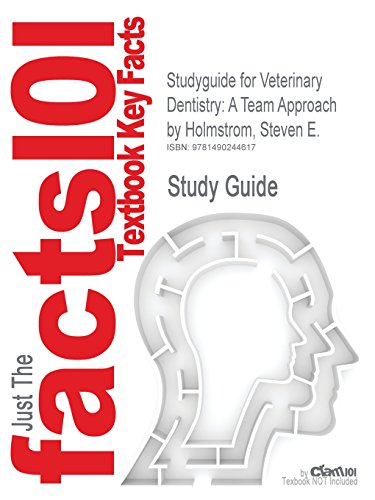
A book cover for Studyguide for Veterinary Dentistry: A Team Approach by Holmstrom, Steven E., ISBN 9781455703227; Cram101 Textbook Reviews; Medical Books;